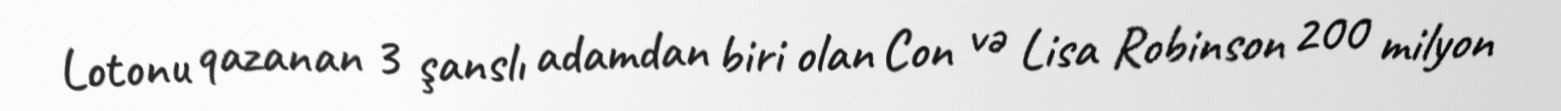
Lotonu qazanan 3 şanslı adamdan biri olan Con və Lisa Robinson 200 milyon